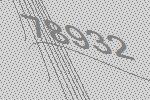
78932